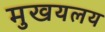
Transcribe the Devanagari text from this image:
मुखयलय